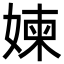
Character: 媡